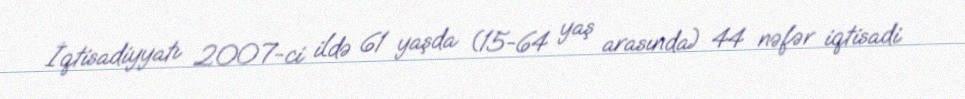
İqtisadiyyatı 2007-ci ildə 61 yaşda (15-64 yaş arasında) 44 nəfər iqtisadi